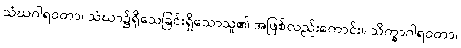
သံဃဂါရဝတာ၊ သံဃာ၌ရိုသေခြင်းရှိသောသူ၏ အဖြစ်လည်းကောင်း။ သိက္ခာဂါရဝတာ၊